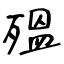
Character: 殟